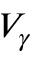
V _ { \gamma }